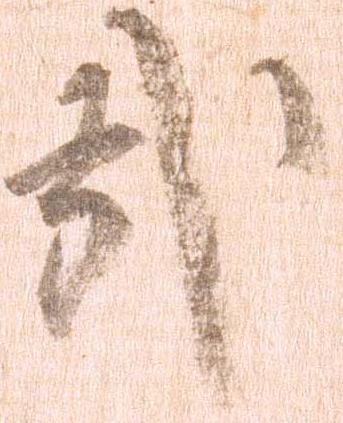
哉